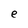
Character: e